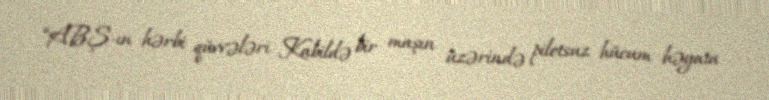
“ABŞ-ın hərbi qüvvələri Kabildə bir maşın üzərində pilotsuz hücum həyata